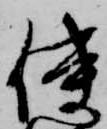
使